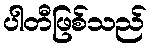
ပါတီဖြစ်သည်